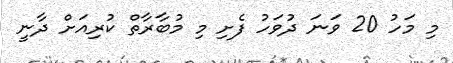
މި މަހު 20 ވަނަ ދުވަހު ފެށި މި މުބާރާތް ކުރިއަށް ދާނީ